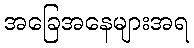
အခြေအနေများအရ